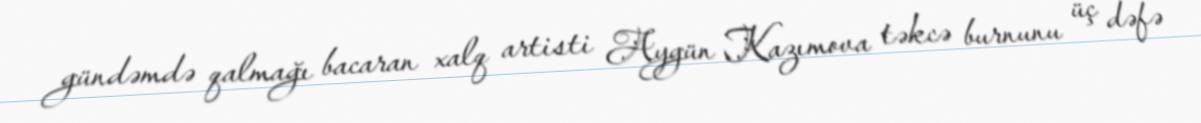
gündəmdə qalmağı bacaran xalq artisti Aygün Kazımova təkcə burnunu üç dəfə